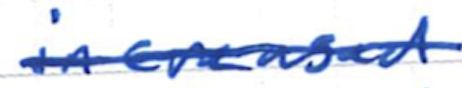
Text: increased
Cross-out: single-line
Writing tool: ballpoint